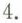
4.